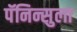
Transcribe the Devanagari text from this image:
पॅनिन्सुला